Riigikantselei, lk 162
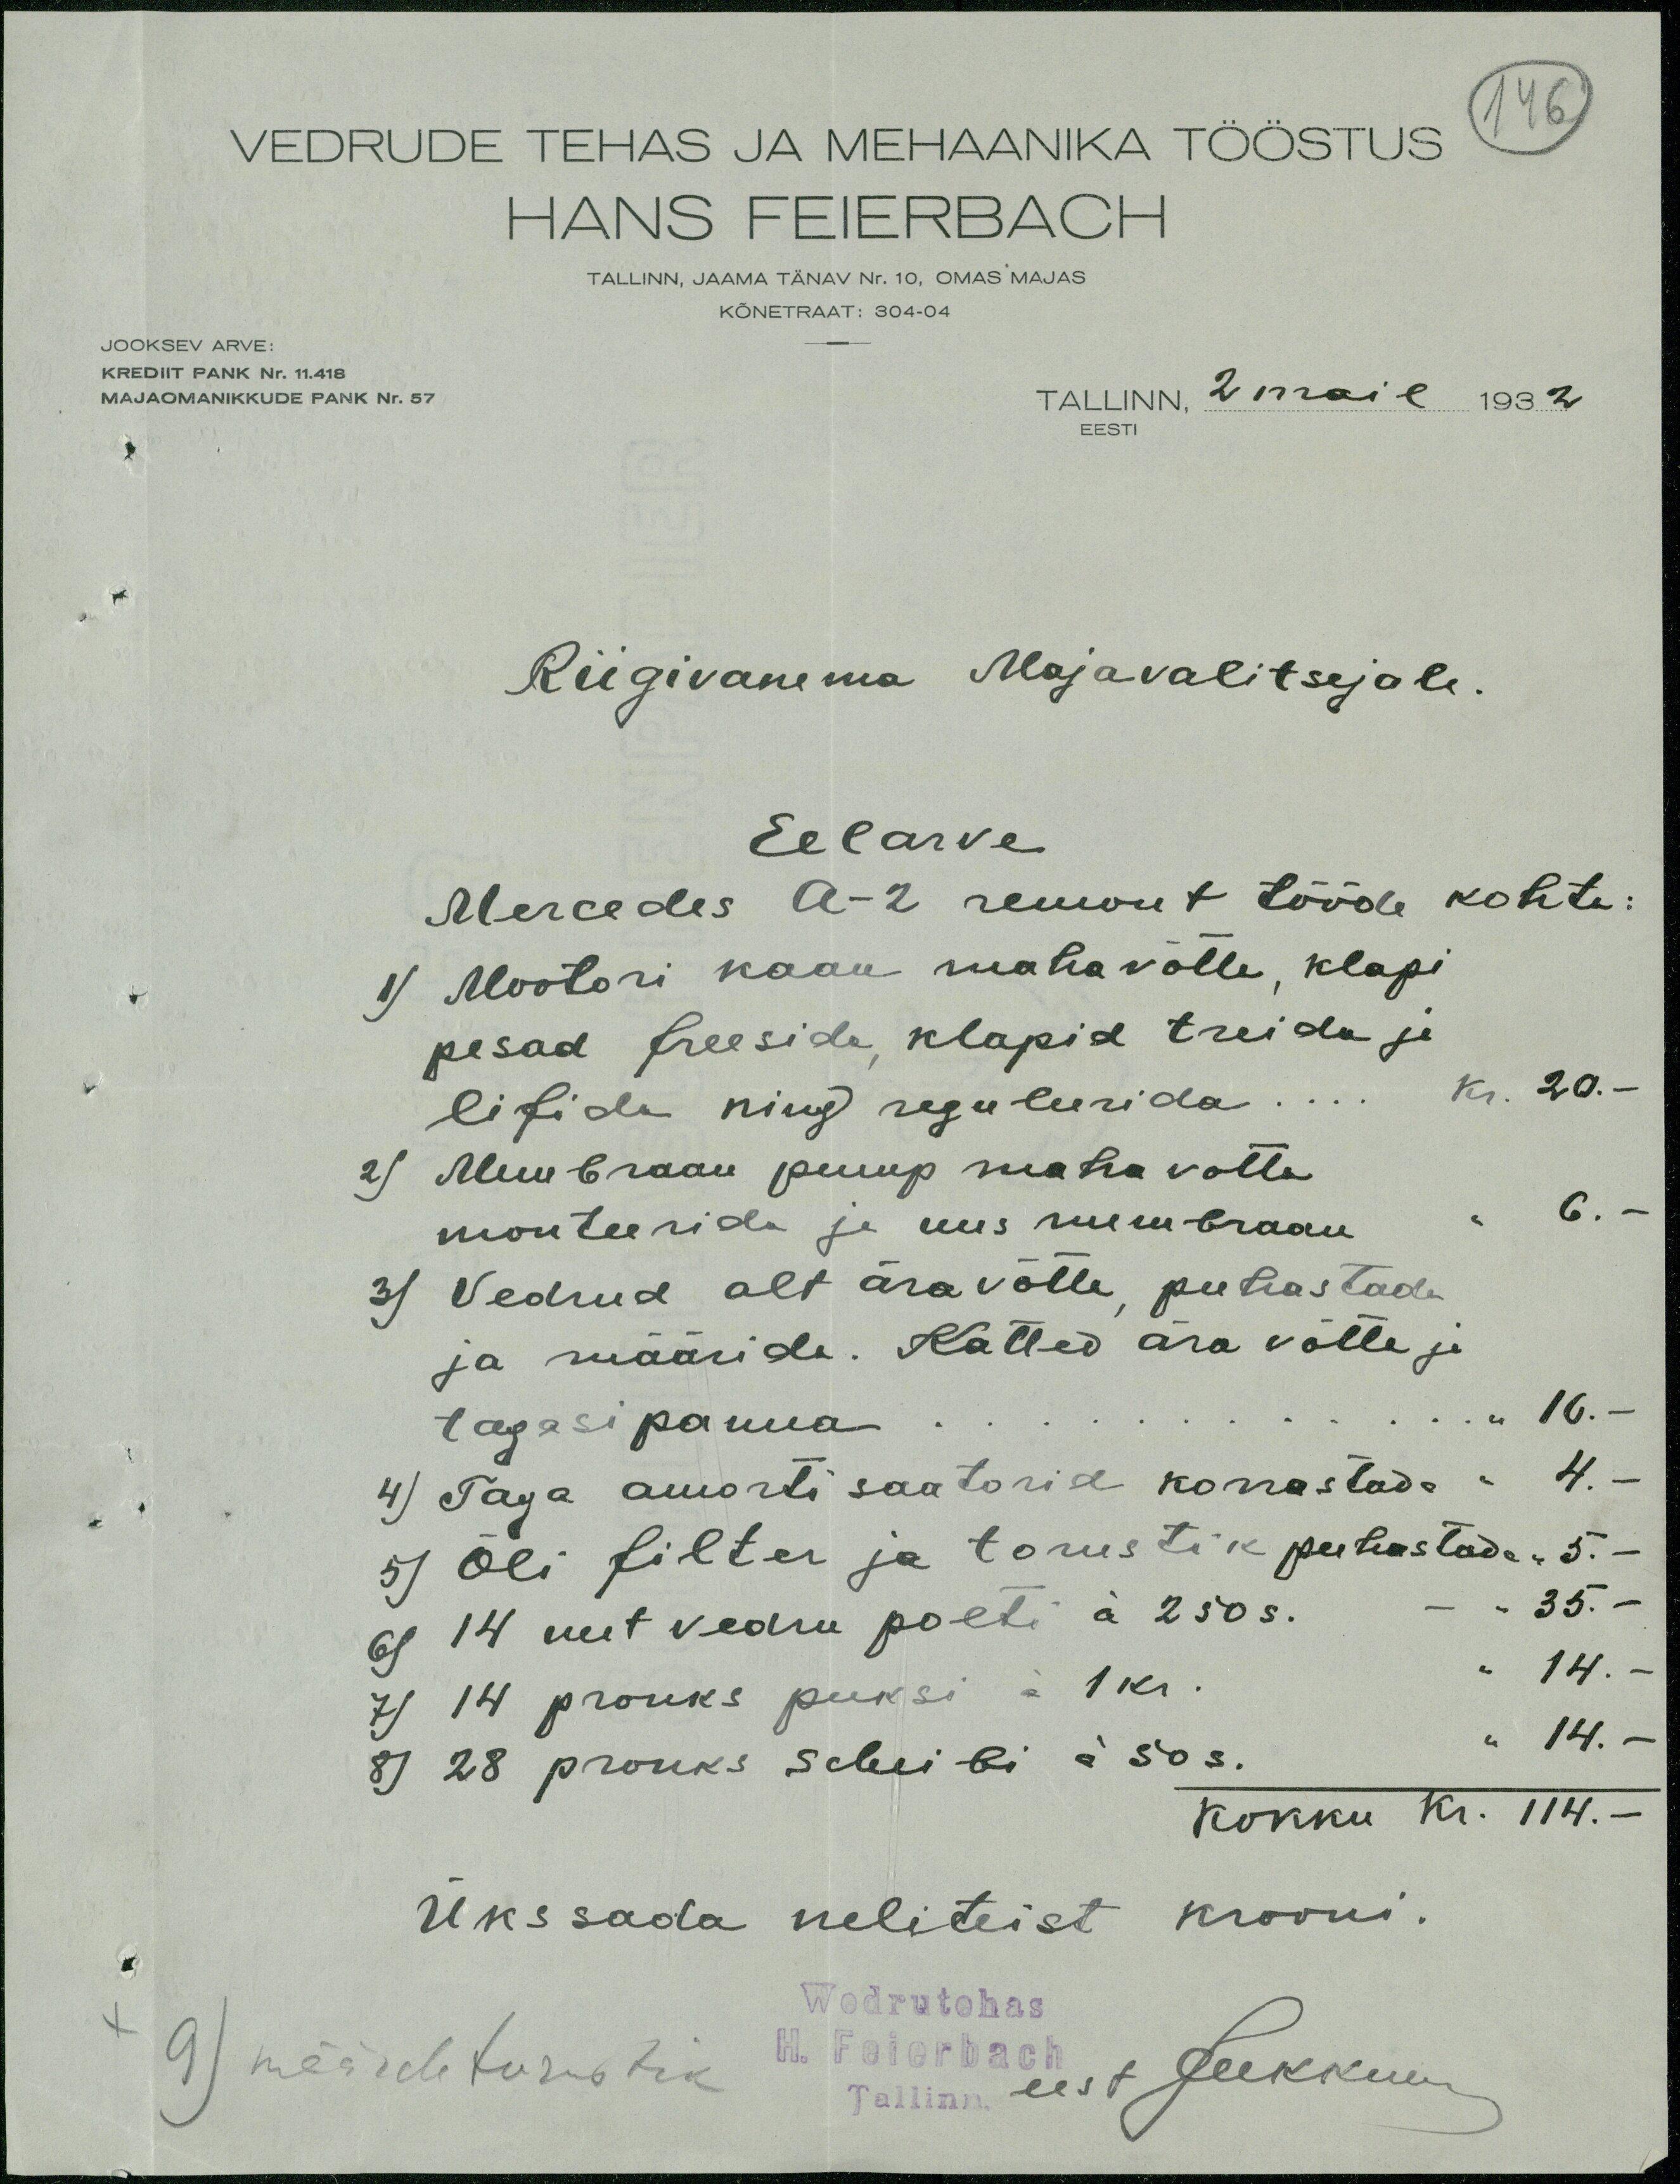
VEDRUDE TEHAS JA MEHAANIKA TÖÖSTUS 146
HANS FEIERBACH
TALLINN, JAAMA TÄNAV Nr. 10. OMAS MAJAS
KÕNETRAAT: 304-04
JOOKSEV ARVE:
KREDIIT PANK Nr. 11.418
MAJAOMANIKKUDE PANK Nr. 57
TALLINN, 2 mail 1932
EESTI
Riigivanema Majavalitsejale.
Eelarve
Mercedes A-2 remont tööde kohta:
1) Mootori kaan maha võtta, klapi
pesad freesida, klapid treida ja
lifida ning reguleerida.... kr. 20.-
2) Membraan pump maha votta
monteerida ja uus membraan " 6.-
3) Vedrud alt ära võtta, puhastada
ja määrida. Katted ära võtta ja
tagasi panna.... " 10.-
4) Taga amortisaatorid korrastada " 4. -
5) Õli filter ja torustik puhastada " 5. -
6) 14 uut vedru polti á 250 s. - " 35.-
7) 14 pronks puksi á 1 kr. " 14.-
8) 28 pronks scheibi á 50 s. " 14.-
Kokku kr. 114.-
Üks sada neliteist krooni.
+ 9) määrdetorustik
Wedrutehas
H. Feierbach
Tallinn
eest Jukkum